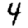
Digit: 4